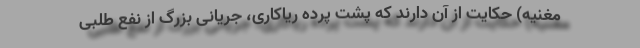
مغنیه) حکایت از آن دارند که پشت پرده ریاکاری، جریانی بزرگ از نفع طلبی